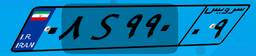
۰۸S۹۹۰۰۹